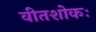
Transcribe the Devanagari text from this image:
वीतशोकः